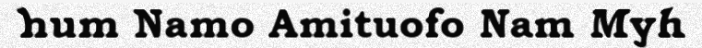
hum Namo Amituofo Nam Myh